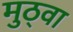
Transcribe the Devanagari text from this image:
मुठ्वा